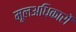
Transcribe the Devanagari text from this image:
मूलअधिकारों